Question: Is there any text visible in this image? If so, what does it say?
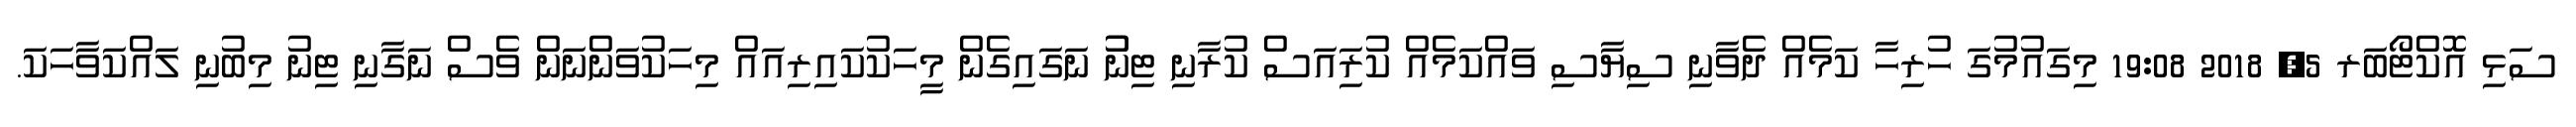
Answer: ސަޅި އޮކްޓޯބަރ 5, 2018 19:08 މިގައުމުގަ ހުރިހާ ކަމެއް ދެވާނި ސިޔާސި ވައްކަމެއް ކުރިައަސް ކުރާނި ޓިނުު ނަގައިގެން މީހަކުކައިރިއައް މިހަކުވަންނަން ވެސް ނަގާނި ޓިނު މިބުނި ލައްކަވާހަކަ.